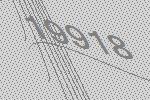
19918